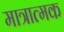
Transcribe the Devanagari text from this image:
मात्रात्‍मक